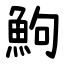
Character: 鮈